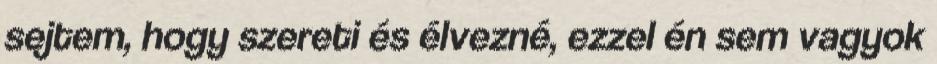
sejtem, hogy szereti és élvezné, ezzel én sem vagyok